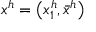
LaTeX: x ^ { h } = \left( x _ { 1 } ^ { h } , { \bar { x } } ^ { h } \right)